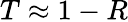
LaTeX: T\approx 1-R